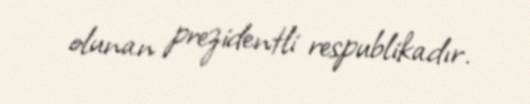
olunan prezidentli respublikadır.